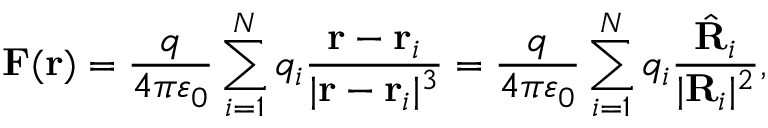
\mathbf { F } ( \mathbf { r } ) = { \frac { q } { 4 \pi \varepsilon _ { 0 } } } \sum _ { i = 1 } ^ { N } q _ { i } { \frac { \mathbf { r } - \mathbf { r } _ { i } } { | \mathbf { r } - \mathbf { r } _ { i } | ^ { 3 } } } = { \frac { q } { 4 \pi \varepsilon _ { 0 } } } \sum _ { i = 1 } ^ { N } q _ { i } { \frac { { \hat { \mathbf { R } } } _ { i } } { | \mathbf { R } _ { i } | ^ { 2 } } } ,